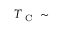
T _ { \mathrm { ~ C ~ } } \sim